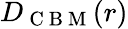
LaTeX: D_{\mathrm{~C~B~M~}}(r)